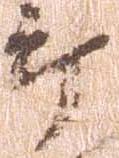
郎